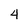
Character: 4